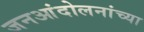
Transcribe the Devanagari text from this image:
जनआंदोलनांच्या